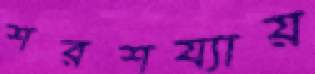
শরশয্যায়